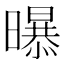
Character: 𭨃